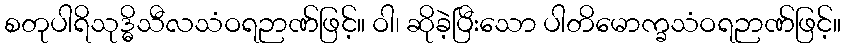
စတုပါရိသုဒ္ဓိသီလသံဝရဉာဏ်ဖြင့်။ ဝါ၊ ဆိုခဲ့ပြီးသော ပါတိမောက္ခသံဝရဉာဏ်ဖြင့်။